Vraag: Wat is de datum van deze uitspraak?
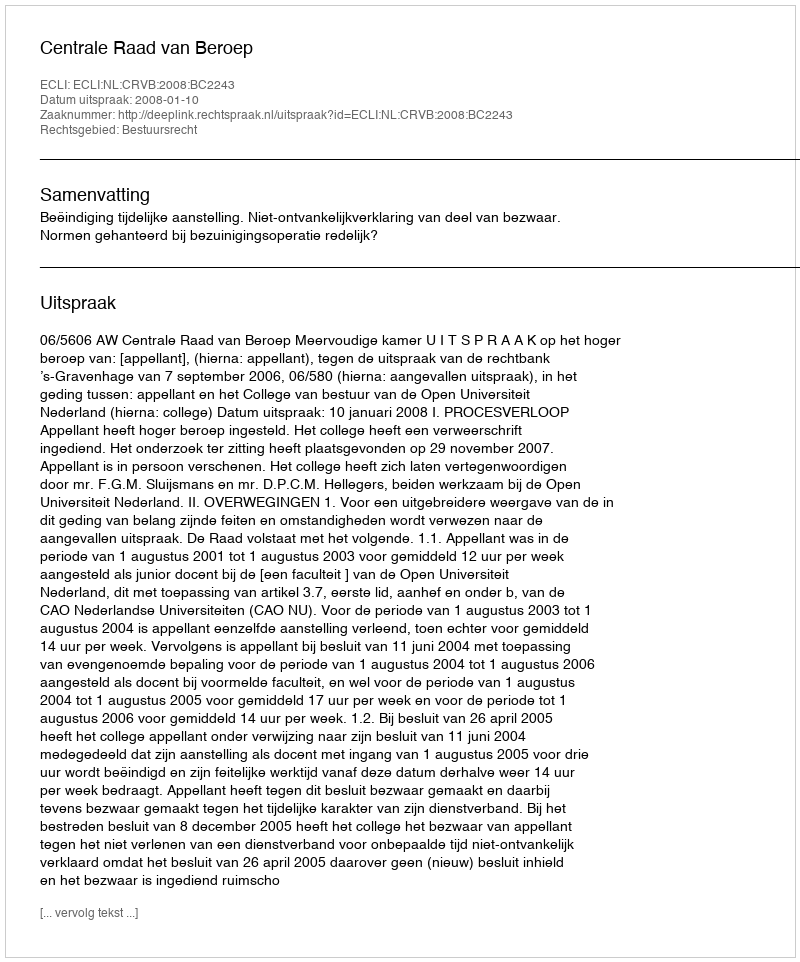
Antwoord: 2008-01-10